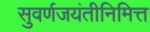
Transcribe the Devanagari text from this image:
सुवर्णजयंतीनिमित्त